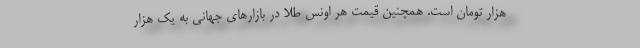
هزار تومان است. همچنین قیمت هر اونس طلا در بازار‌های جهانی به یک هزار